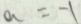
a = - 1